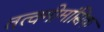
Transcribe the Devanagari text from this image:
तत्वमीमांसिक